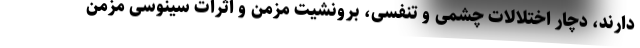
دارند، دچار اختلالات چشمی و تنفسی، برونشیت مزمن و اثرات سینوسی مزمن